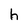
Character: h